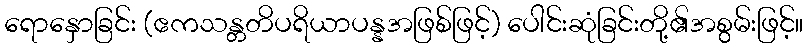
ရောနှောခြင်း (ဧကသန္တတိပရိယာပန္နအဖြစ်ဖြင့်) ပေါင်းဆုံခြင်းတို့၏အစွမ်းဖြင့်။